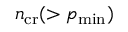
n _ { \mathrm { c r } } ( > p _ { \mathrm { m i n } } )